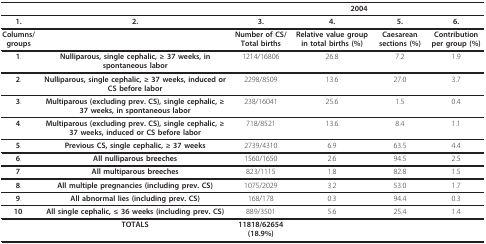
|  |  | <COLSPAN=4> 2004 |
 | --- | --- | --- | --- | --- | --- |
 | 1. | 2. | 3. | 4. | 5. | 6. |
 | Columns/groups |  | Number of CS/Total births | Relative value group in total births (%) | Caesarean sections (%) | Contribution per group (%) |
 | 1. | Nulliparous, single cephalic, ≥ 37 weeks, in spontaneous labor | 1214/16806 | 26.8 | 7.2 | 1.9 |
 | 2. | Nulliparous, single cephalic, ≥ 37 weeks, induced or CS before labor | 2298/8509 | 13.6 | 27.0 | 3.7 |
 | 3. | Multiparous (excluding prev. CS), single cephalic, ≥ 37 weeks, in spontaneous labor | 238/16041 | 25.6 | 1.5 | 0.4 |
 | 4. | Multiparous (excluding prev. CS), single cephalic, ≥ 37 weeks, induced or CS before labor | 718/8521 | 13.6 | 8.4 | 1.1 |
 | 5. | Previous CS, single cephalic, ≥ 37 weeks | 2739/4310 | 6.9 | 63.5 | 4.4 |
 | 6. | All nulliparous breeches | 1560/1650 | 2.6 | 94.5 | 2.5 |
 | 7. | All multiparous breeches | 823/1115 | 1.8 | 82.8 | 1.5 |
 | 8. | All multiple pregnancies (including prev. CS) | 1075/2029 | 3.2 | 53.0 | 1.7 |
 | 9. | All abnormal lies (including prev. CS) | 168/178 | 0.3 | 94.4 | 0.3 |
 | 10. | All single cephalic, ≤ 36 weeks (including prev. CS) | 889/3501 | 5.6 | 25.4 | 1.4 |
 |  | TOTALS | 11818/62654 (18.9%) |  |  |  |